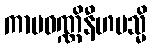
ကာမဝဏ္ဏိနီဟမသ္မိ